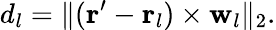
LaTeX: d_{l}=\lVert(\mathbf{r}^{\prime}-\mathbf{r}_{l})\times\mathbf{w}_{l}\rVert_{2}.